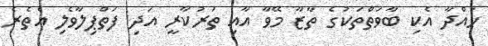
ހައްދާ އެކި ބާވަތްތަކުގެ ތާޒާ މޭވާ އާއި ތަރުކާރީ އަދި ފަތްޕިލާވެލި އެތެރެ